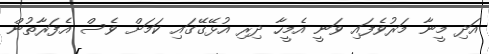
އަދި މީނާ މަރުވެފައި ވަނީ އެމީހާ ދިރި އުޅޭގޭގައި ކަމަށް ވެސް އެފަރާތުން